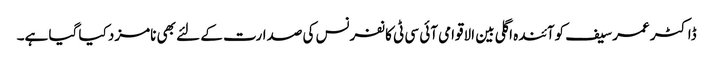
ڈاکٹر عمر سیف کوآئندہ اگلی بین الاقوامی آئی سی ٹی کانفرنس کی صدارت کے لئے بھی نامزد کیا گیا ہے۔